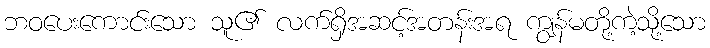
ဘဝပေးကောင်းသော သူ၏ လက်ရှိအဆင့်အတန်းအရ ကျွန်မတို့ကဲ့သို့သော